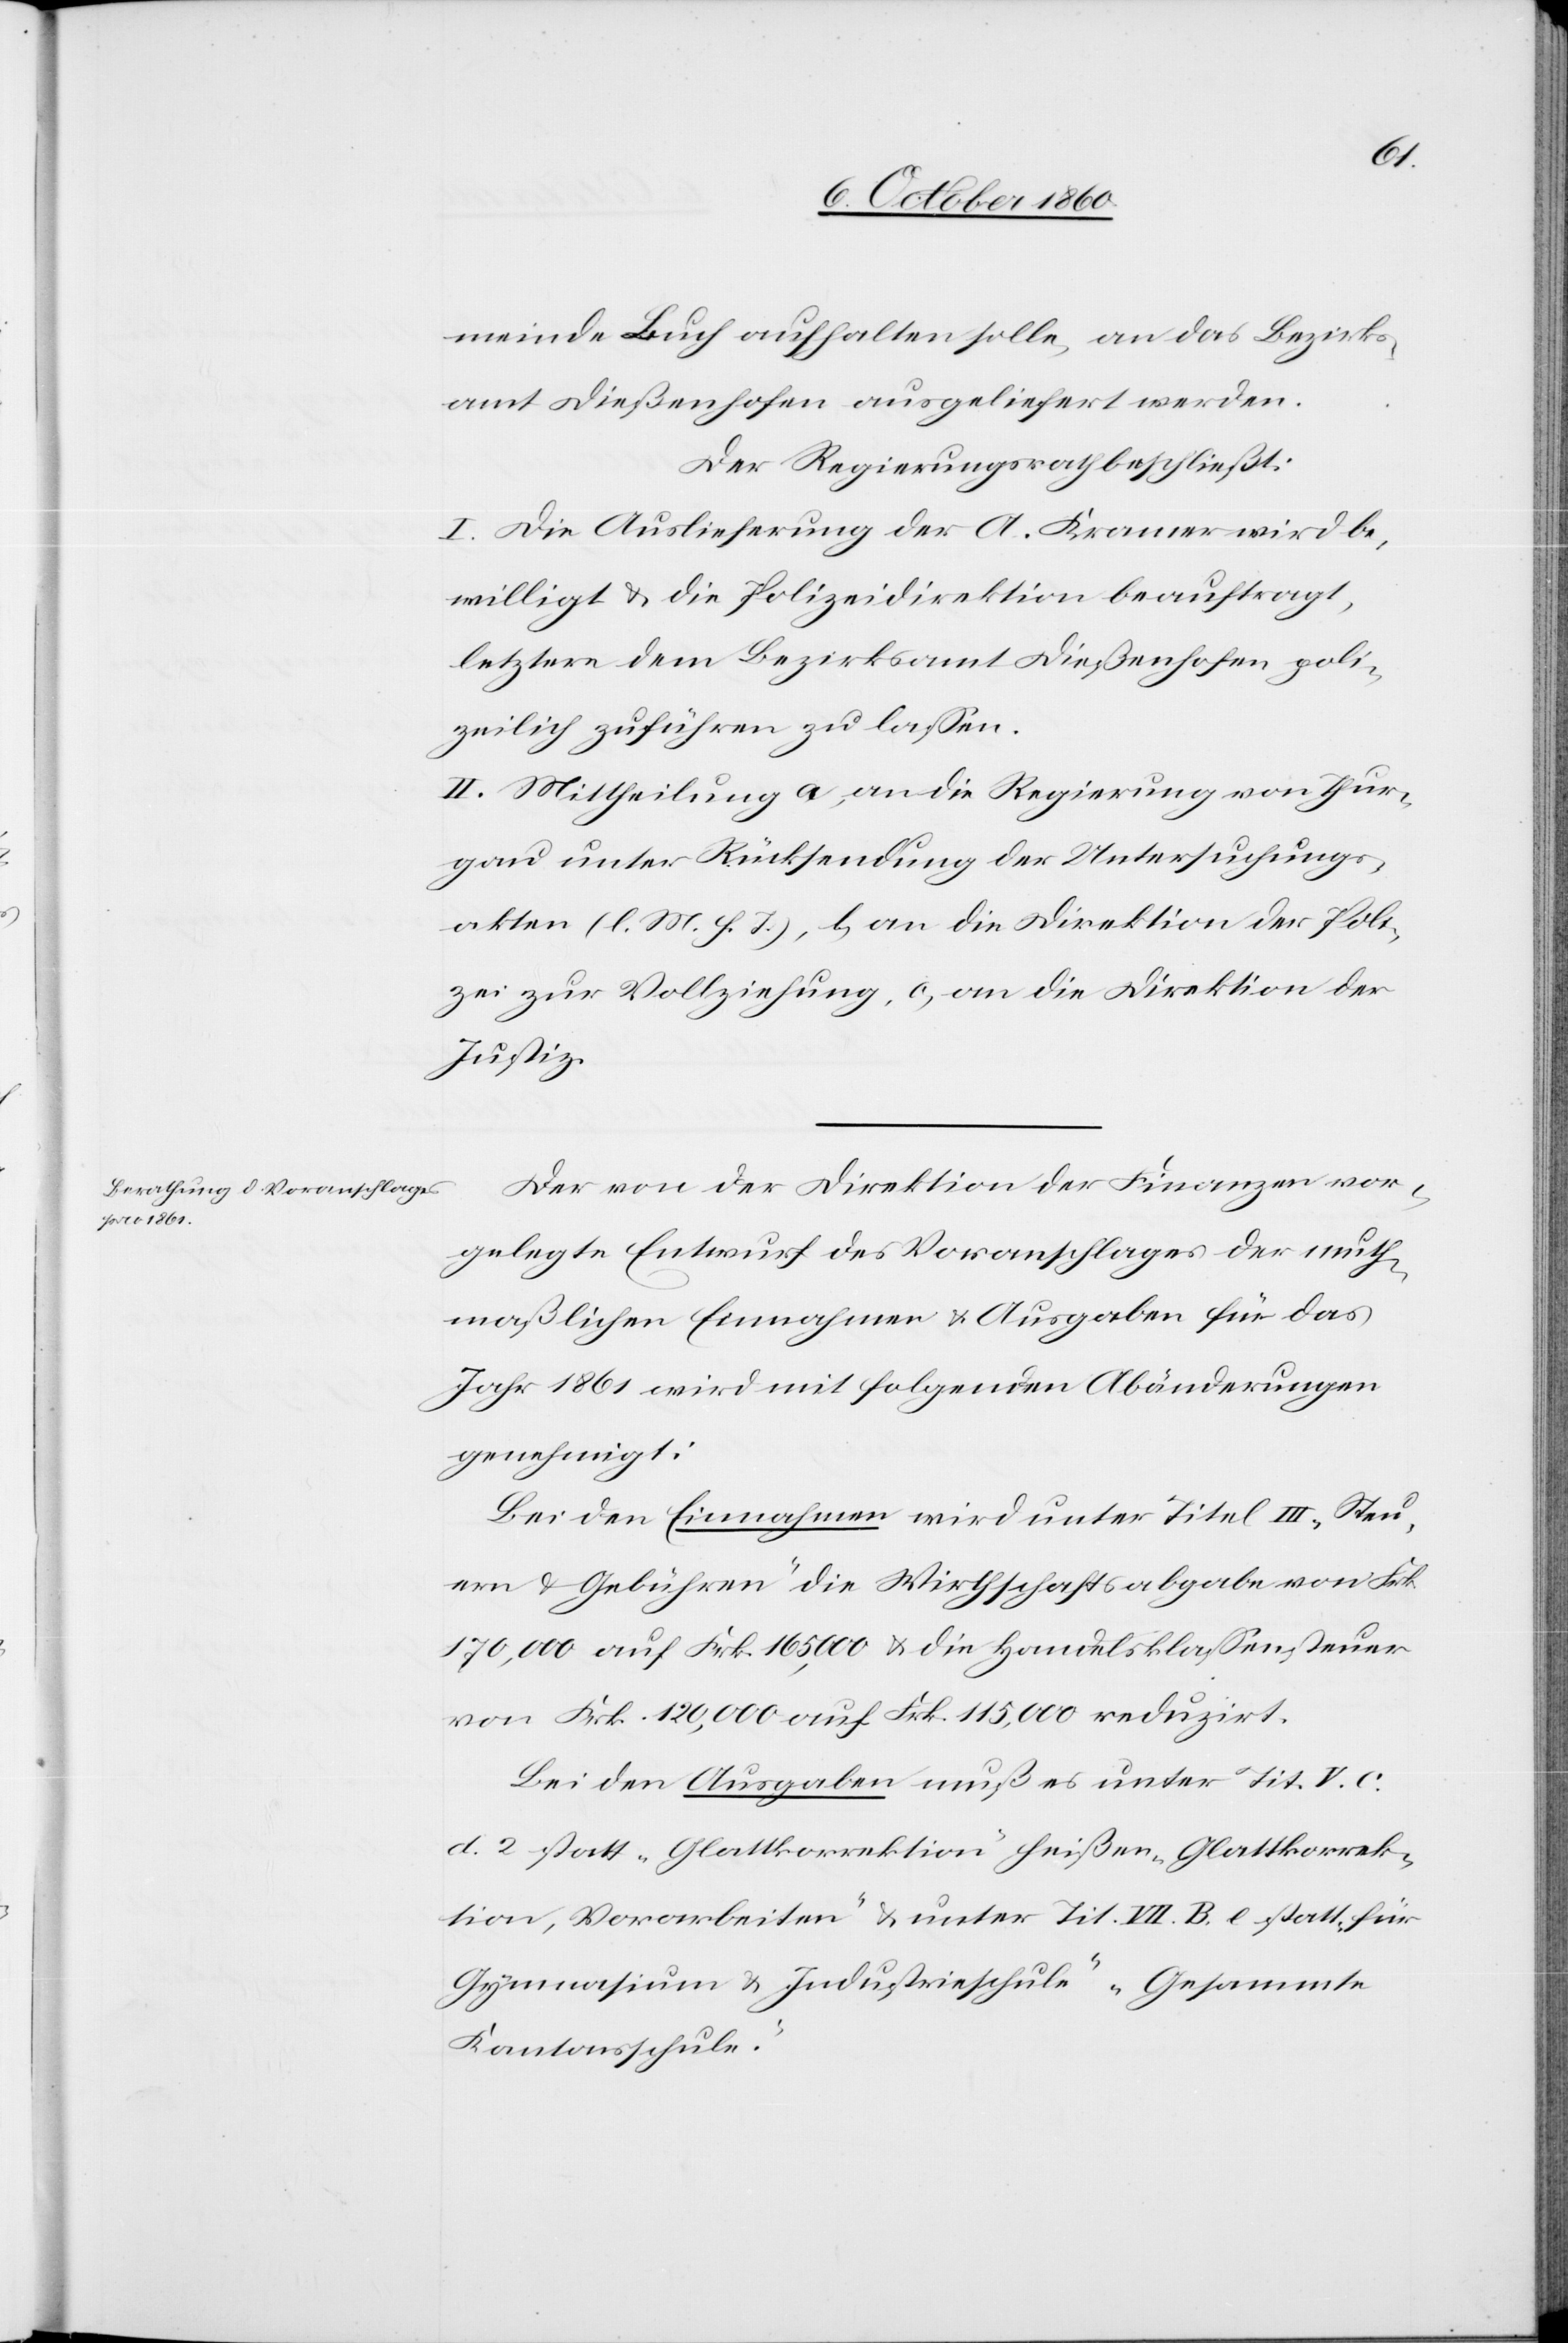
meinde Buch aufgehalten solle, an das Bezirks¬
amt Dießenhofen ausgeliefert werden.
Der Regierungsrath beschließt:
I. Die Auslieferung der A. Kramer wird be¬
willigt u. die Polizeidirektion beauftragt,
letztere dem Bezirksamt Dießenhofen poli¬
zeilich zuführen zu lassen.
II. Mittheilung a) an die Regierung von Thur¬
gau unter Rücksendung der Untersuchungs¬
akten (l. M. h. T.), b) an die Direktion der Poli¬
zei zur Vollziehung, c) an die Direktion der
Justiz.
Der von der Direktion der Finanzen vor¬
gelegte Entwurf des Voranschlages der muth¬
maßlichen Einnahmen u. Ausgaben für das
Jahr 1861 wird mit folgenden Abänderungen
genehmigt:
Bei den Einnahmen wird unter Titel III „Steu¬
ern u. Gebühren“ die Wirthschaftsabgabe von Frk.
170,000 auf Frk. 165,000 u. die Handelsklassensteuer
von Frk. 120,000 auf Frk. 115,000 reduzirt.
Bei den Ausgaben muß es unter Tit. V. C.
d. 2 statt „Glattkorrektion“ heißen „Glattkorrek¬
tion, Vorarbeiten“ u. unter Tit. VII. B. e statt „Für
Gymnasium u. Industrieschule“ „Gesammte
Kantonsschule“.